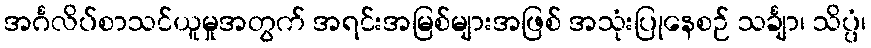
အင်္ဂလိပ်စာသင်ယူမှုအတွက် အရင်းအမြစ်များအဖြစ် အသုံးပြုနေစဉ် သင်္ချာ၊ သိပ္ပံ၊